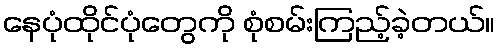
နေပုံထိုင်ပုံတွေကို စုံစမ်းကြည့်ခဲ့တယ်။